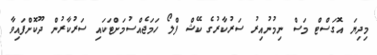
މިދިޔަ އޮގަސްޓް މަސް ނިމުނުއިރު ސަރުކާރުގެ ކޭޝް ފްލޯ ހަމަޖެއްސުމަށްޓަކައި ސަރުކާރުން ދޫކޮށްފައިވާ